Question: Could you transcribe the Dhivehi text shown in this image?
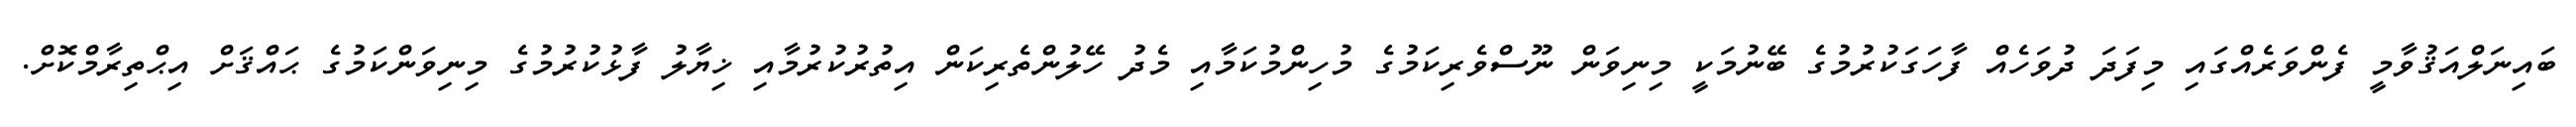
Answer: ބައިނަލްއަޤުވާމީ ފެންވަރެއްގައި މިފަދަ ދުވަހެއް ފާހަގަކުރުމުގެ ބޭނުމަކީ މިނިވަން ނޫސްވެރިކަމުގެ މުހިންމުކަމާއި މެދު ހޭލުންތެރިކަން އިތުރުކުރުމާއި ޚިޔާލު ފާޅުކުރުމުގެ މިނިވަންކަމުގެ ޙައްޤަށް އިޙްތިރާމްކޮށް.